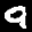
Label: 9